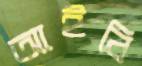
আইবি